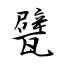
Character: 甓